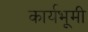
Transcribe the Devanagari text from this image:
कार्यभूमी